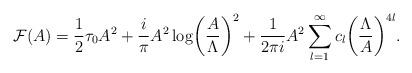
LaTeX: \begin{align*}{\cal F}(A)={1\over 2} \tau_0A^2+{i\over \pi}A^2\log\biggl({A\over\Lambda}\biggr)^2+{1\over 2\pi i}A^2\sum_{l=1}^\infty c_l\biggl({\Lambda\over A}\biggr)^{4l}.\end{align*}